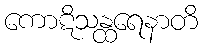
ကောဋိသန္ထရေနာတိ